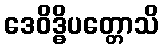
ဒေဝိဒ္ဓိပတ္တောသိ